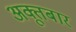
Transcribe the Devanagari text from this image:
अक्तूबार